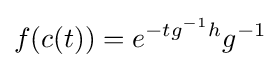
f(c(t))=e^{-tg^{-1}h}g^{-1}